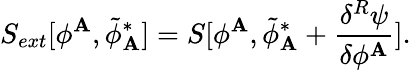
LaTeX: S_{ext}[\phi^{\mathbf{A}},{\tilde{{\phi}}}_{\mathbf{A}}^{*}]=S[\phi^{\mathbf{A}},{\tilde{{\phi}}}_{\mathbf{A}}^{*}+\frac{{\delta^{R}\psi}}{{\delta\phi^{\mathbf{A}}}}].